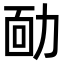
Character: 𠡳